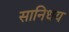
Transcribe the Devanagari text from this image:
सानिधय